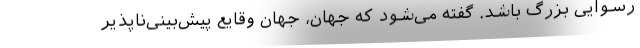
رسوایی بزرگ باشد. گفته می‌شود که جهان، جهان وقایع پیش‌بینی‌ناپذیر